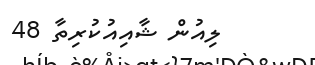
ލިއުން ޝާއިއުކުރިތާ 48